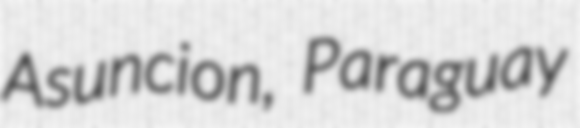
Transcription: Asuncion, Paraguay